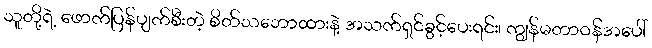
သူတို့ရဲ့ ဖောက်ပြန်ပျက်စီးတဲ့ စိတ်သဘောထားနဲ့ အသက်ရှင်ခွင့်ပေးရင်း၊ ကျွန်မတာဝန်အပေါ်